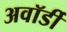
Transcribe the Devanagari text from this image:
अवॉर्डी